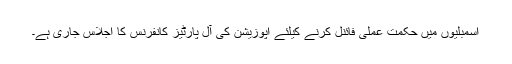
اسمبلیوں میں حکمت عملی فائنل کرنے کیلئے اپوزیشن کی آل پارٹیز کانفرنس کا اجلاس جاری ہے۔